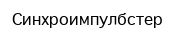
Синхроимпулбстер